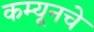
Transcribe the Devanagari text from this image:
कम्यूनचे